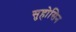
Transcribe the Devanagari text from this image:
सुहोसिन